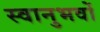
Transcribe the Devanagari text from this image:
स्वानुभवों